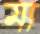
মা